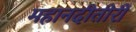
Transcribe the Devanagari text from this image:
महानदीतीरीं